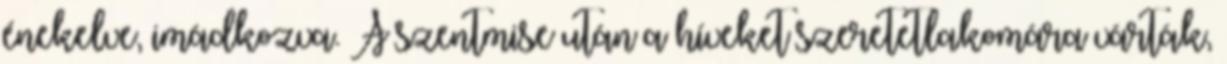
énekelve, imádkozva. A szentmise után a híveket szeretetlakomára várták,